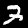
Label: 3